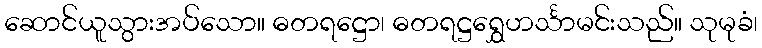
ဆောင်ယူသွားအပ်သော။ ဓတရဋ္ဌော၊ ဓတရဋ္ဌရွှေဟင်္သာမင်းသည်။ သုမုခံ၊